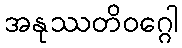
အနုဿတိဝဂ္ဂေါ